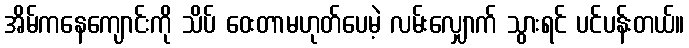
အိမ်ကနေကျောင်းကို သိပ် ဝေးတာမဟုတ်ပေမဲ့ လမ်းလျှောက် သွားရင် ပင်ပန်းတယ်။